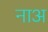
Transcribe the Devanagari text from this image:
नाअ